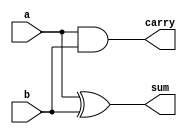
// Half Adder  HA.v

module HA (a, b, sum, carry);
     input a, b;
     output sum, carry;

    assign sum = a ^ b;
    assign carry = a & b;

endmodule